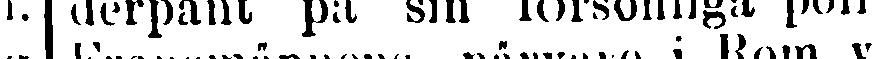
derpant på sin försonliga poli